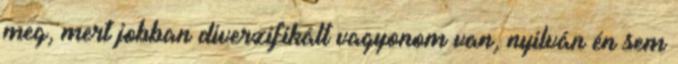
meg, mert jobban diverzifikált vagyonom van, nyilván én sem